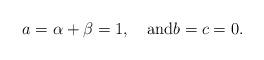
LaTeX: \begin{align*}a=\alpha+\beta=1, \quad\textrm{and}b=c=0.\end{align*}